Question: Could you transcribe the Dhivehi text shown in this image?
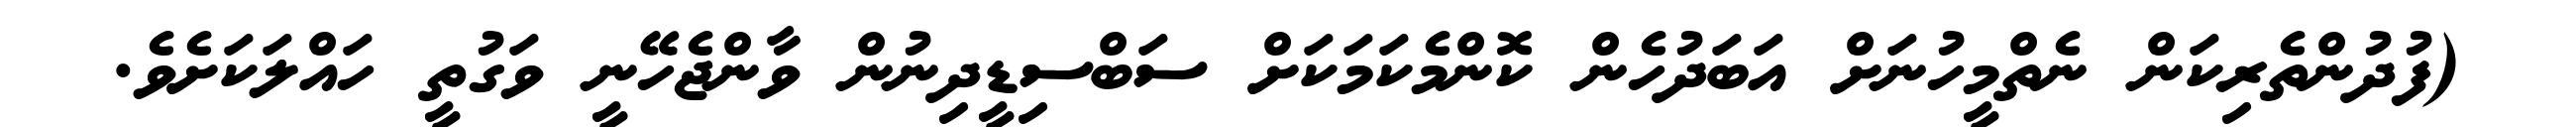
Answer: (ފުދުންތެރިކަން ނެތްމީހުނަށް އަބަދުހެން ކޮންމެކަމަކަށް ސަބްސިޑީދިނުން ވާންޖެހޭނީ ވަގުތީ ހައްލަކަށެވެ.